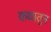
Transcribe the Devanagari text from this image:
कथातुन